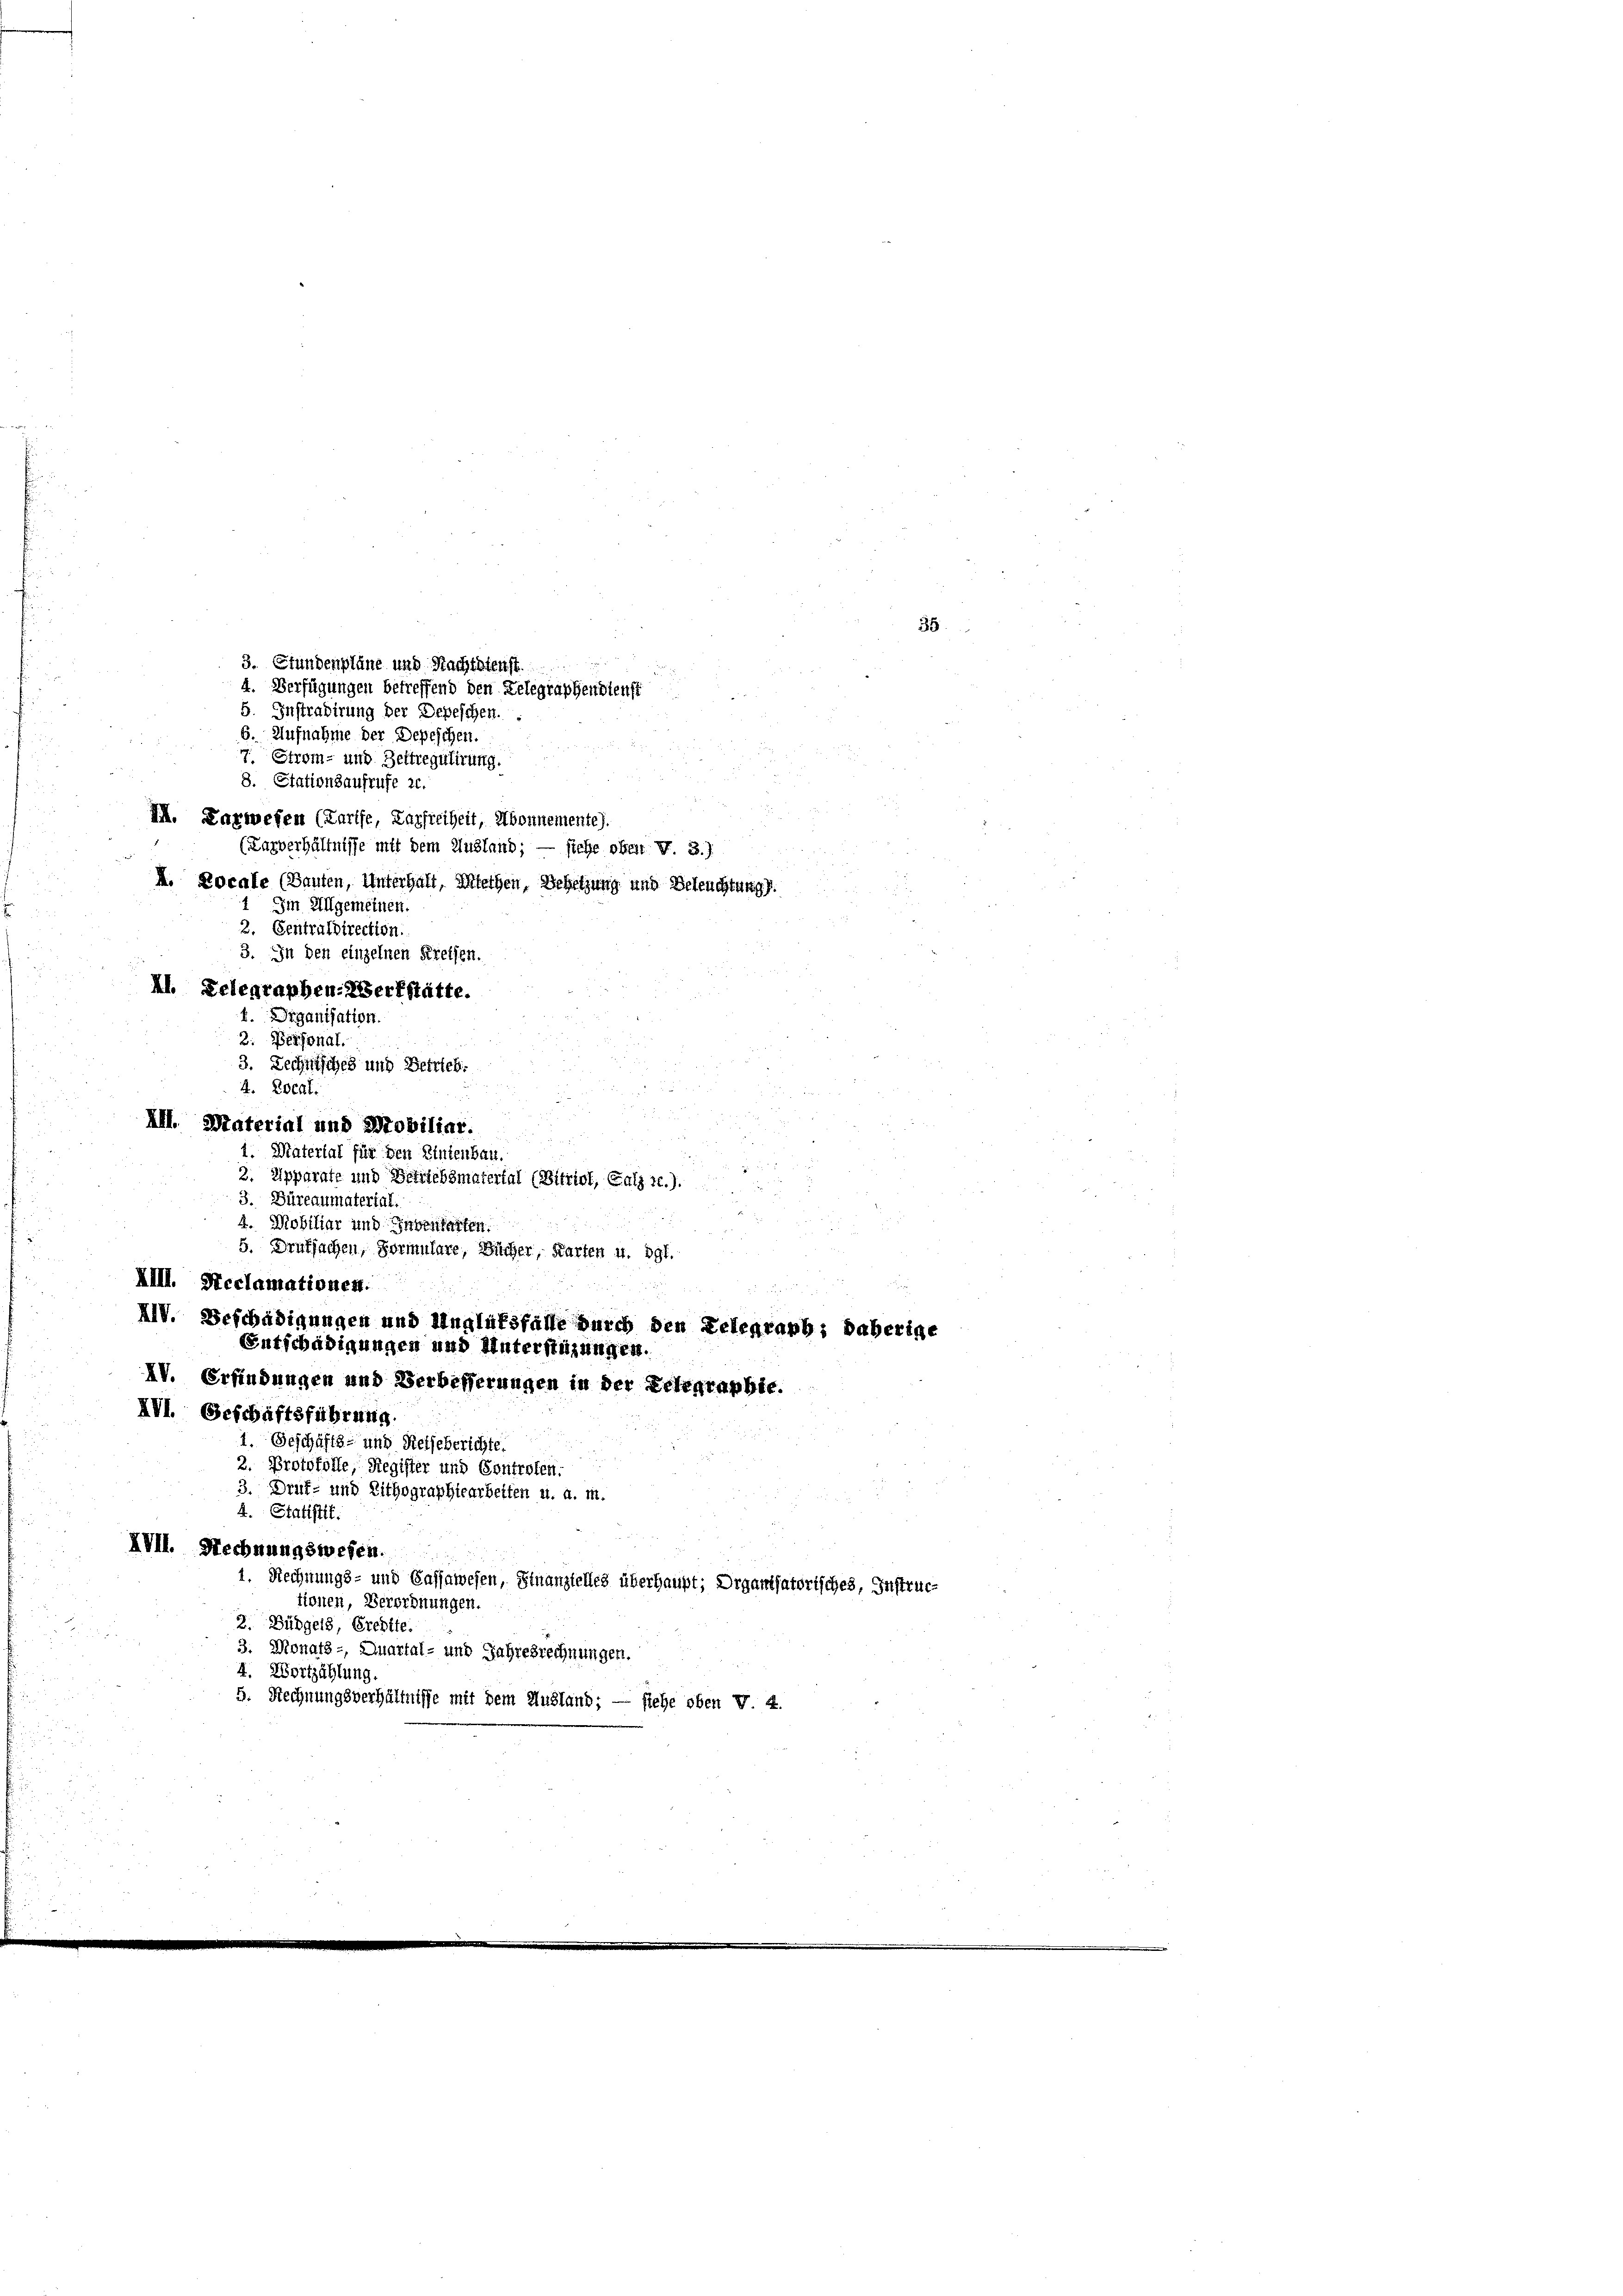
3. Rechnisches und Betrieb.
4. Event.
u
XII. Material und Mobiliar.
1. Material für den Linienbau.

2. Apparate und Betriebsmaterial (Vitriot, Salz r.).
1
3. Büreaumaterial.
u
4. Mobiliar und Inventarten.

5. Druksachen, Formulare, Bücher, Karten u. dgl.
u
XIII. Reclamationen.
XIV. Beschädigungen und Unglüksfälle durch den Telenrapb; daherige
Entschädigungen und Unterstüzungen.
IV. Erfindungen und Verbesserungen in der Telegraphie.
XVI. Geschäftsführung.
4 Geschäfts- und Reiseberichte.
2. Protokolle, Register und Controlen.
3. Druf- und Lithographiearbeiten u. a. m.
4. Statistit
XVII. Rechnungswesen.
1. Rechnungs- und Cassawesen, Finanztelles überhaupt; Organisatorisches, Instructionen, Verordnungen.
2. Büdgeld, Credite.
i
3. Monats-, Quartal- und Jahresrechnungen.
4. Wortzählung.
5. Rechnungsverhältnisse mit dem Ausland; — siehe oben v. 4.

3. Stundenpläne und Nachtdienst.
4. Verfügungen betreffend den Telegraphendienst
5. Instradirung der Depeschen.
6. Aufnahme der Depeschen.
7. Strom- und Beitregulirung.
8. Stationsaufrufe 20.
I. Karwesen (Tarife, Lagfreiheit, Abonnemente).
(Larverhältnisse mit dem Ausland; — siehe ober N. 3.)
M. Locale (Bauten, Unterhalt, Miethen, Besetzung und Beleuchtung.
Im Allgemeinen.
2. Centrufdirection.
3. In den einzelnen Kreisen.

4. Organisation.
2. Personal.

AI. Gelegraphen-Zserfstätte.